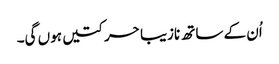
اُن کے ساتھ نازیبا حرکتیں ہوں گی۔